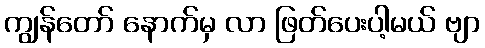
ကျွန်တော် နောက်မှ လာ ဖြတ်ပေးပါ့မယ် ဗျာ